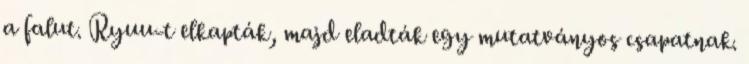
a falut. Ryuu-t elkapták, majd eladták egy mutatványos csapatnak.